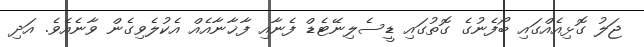
ޖަލު ގޮޅިއެއްގައި ބޯފެނުގެ ގޮތުގައި ޑީސެލިނޭޓެޑް ފެނާއި ފާޚާނާއެއް އެކުލެވިގެން ވާނެއެވެ. އަދި